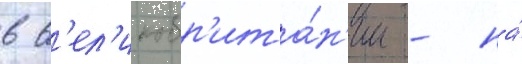
в в'ел'икобр'ита́н'ии - на́